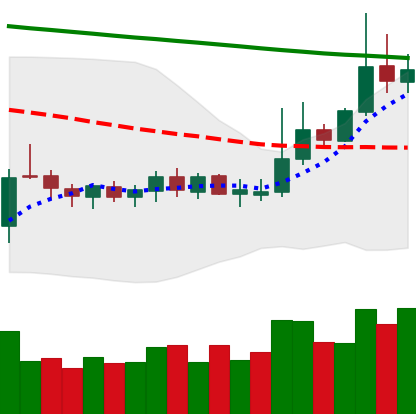
Ticker: DOGE-USD
Chart end date: 2019-10-19
Forward return: -7.474%
Label: down_7plus